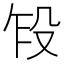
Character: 𬆢